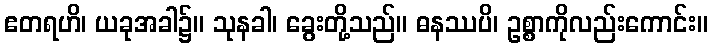
ဧတရဟိ၊ ယခုအခါ၌။ သုနခါ၊ ခွေးတို့သည်။ ဓနဿပိ၊ ဥစ္စာကိုလည်းကောင်း။